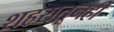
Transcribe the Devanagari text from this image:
शहरातूनही